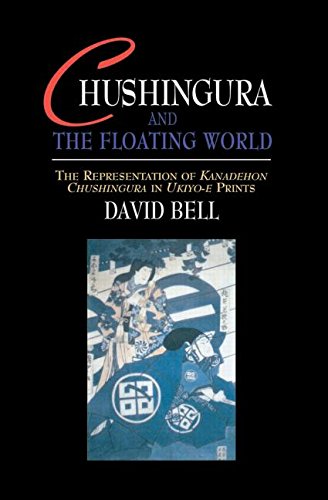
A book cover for Chushingura and the Floating World: The Representation of Kanadehon Chushingura in Ukiyo-e Prints (Japan Library); David Bell; Arts & Photography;